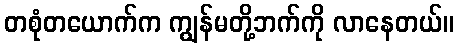
တစုံတယောက်က ကျွန်မတို့ဘက်ကို လာနေတယ်။